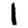
Digit: 1